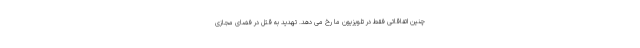
چنین اتفاقاتی فقط در تلویزیون ما رخ می دهد. تهدید به قتل در فضای مجازی